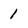
Character: 1